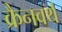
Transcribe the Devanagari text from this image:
क्रैनवर्थ